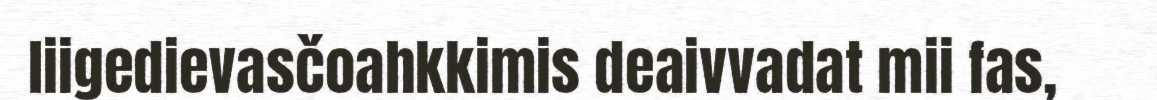
liigedievasčoahkkimis deaivvadat mii fas,